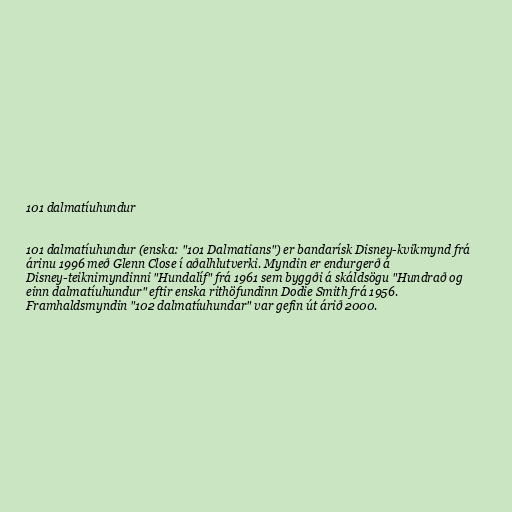
101 dalmatíuhundur

101 dalmatíuhundur (enska: "101 Dalmatians") er bandarísk Disney-kvikmynd frá
árinu 1996 með Glenn Close í aðalhlutverki. Myndin er endurgerð á
Disney-teiknimyndinni "Hundalíf" frá 1961 sem byggði á skáldsögu "Hundrað og
einn dalmatíuhundur" eftir enska rithöfundinn Dodie Smith frá 1956.
Framhaldsmyndin "102 dalmatíuhundar" var gefin út árið 2000.